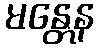
မန္တေန